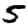
Digit: 5